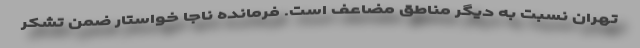
تهران نسبت به دیگر مناطق مضاعف است. فرمانده ناجا خواستار ضمن تشکر